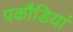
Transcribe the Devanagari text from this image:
पकौडियां